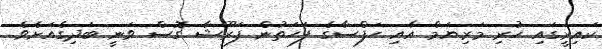
ކައިރީގައި ހުރި މަރިޔަމް އާއި ހަފްސާގެ ފަހަތުން ފަރޫޝާ ގޮސް ވަނީ ބަދިގެއަށެވެ.